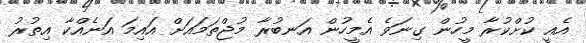
އެއީ ކުށްކުރާ މީހުން ގިނަވެ އެމީހުން އަނބުރާ މުޖްތަމައަށް އައިމަ އަނެއްކާ އިތުރު